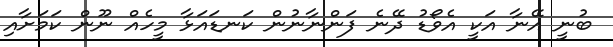
ބުނީ އޭނާ އަކީ އެވޯޑު ދޭނެ ފަންނާނުން ކަނޑައަޅާ މީހެއް ނޫން ކަމަށާއި